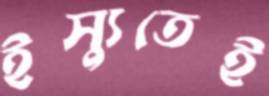
ইস্যুতেই